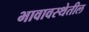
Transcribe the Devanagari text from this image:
भावावस्थेतील